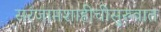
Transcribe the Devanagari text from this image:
सरंजामशाहीचीसुरुवात